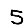
Digit: 5